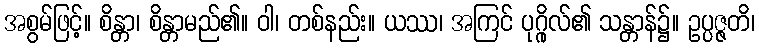
အစွမ်ဖြင့်။ စိန္တာ၊ စိန္တာမည်၏။ ဝါ၊ တစ်နည်း။ ယဿ၊ အကြင် ပုဂ္ဂိုလ်၏ သန္တာန်၌။ ဥပ္ပဇ္ဇတိ၊